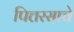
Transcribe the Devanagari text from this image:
पित्तरसाचे